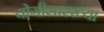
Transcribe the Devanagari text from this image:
योगीसारख्या